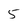
Character: 5